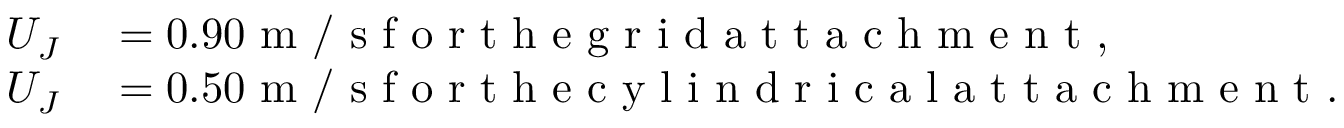
\begin{array} { r l } { U _ { J } } & { { } = 0 . 9 0 \mathrm { ~ m ~ / ~ s ~ f ~ o ~ r ~ t ~ h ~ e ~ g ~ r ~ i ~ d ~ a ~ t ~ t ~ a ~ c ~ h ~ m ~ e ~ n ~ t ~ } , } \\ { U _ { J } } & { { } = 0 . 5 0 \mathrm { ~ m ~ / ~ s ~ f ~ o ~ r ~ t ~ h ~ e ~ c ~ y ~ l ~ i ~ n ~ d ~ r ~ i ~ c ~ a ~ l ~ a ~ t ~ t ~ a ~ c ~ h ~ m ~ e ~ n ~ t ~ } . } \end{array}